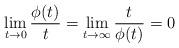
LaTeX: \begin{align*} \lim_{t\rightarrow0}\frac{\phi(t)}{t}= \lim_{t\rightarrow\infty}\frac{t}{\phi(t)}=0\end{align*}